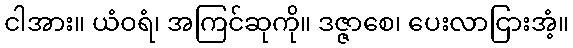
ငါအား။ ယံဝရံ၊ အကြင်ဆုကို။ ဒဇ္ဇာစေ၊ ပေးလာငြားအံ့။